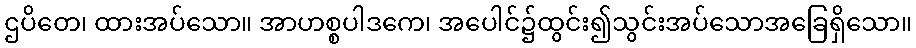
ဌပိတေ၊ ထားအပ်သော။ အာဟစ္စပါဒကေ၊ အပေါင်၌ထွင်း၍သွင်းအပ်သောအခြေရှိသော။